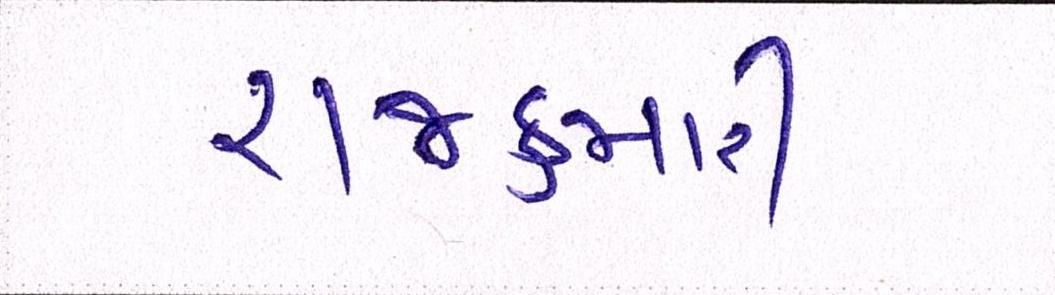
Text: રાજકુમારી